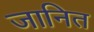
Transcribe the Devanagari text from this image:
जानित